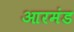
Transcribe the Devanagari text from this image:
आरमंड